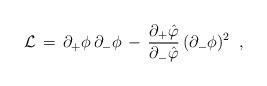
LaTeX: \begin{align*}{\cal L}\,=\,\partial _{+}\phi \,\partial _{-}\phi \,-\,{\frac{\partial_{+}\hat{\varphi}}{\partial _{-}\hat{\varphi}}}\,(\partial _{-}\phi)^{2}\;\;, \end{align*}